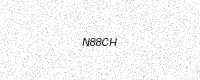
Text: N88CH